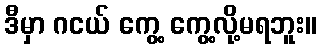
ဒီမှာ ဂငယ် ကွေ့ ကွေ့လို့မရဘူး။